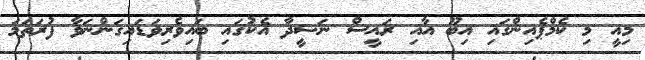
މިއީ މި ކެމްޕެއިންގައި އިބޫ އާއި ރައީސް ނަޝީދާ އެކުގައި ބައިވެރިވަޑައިގަންނަވާ ފުރަތަމަ